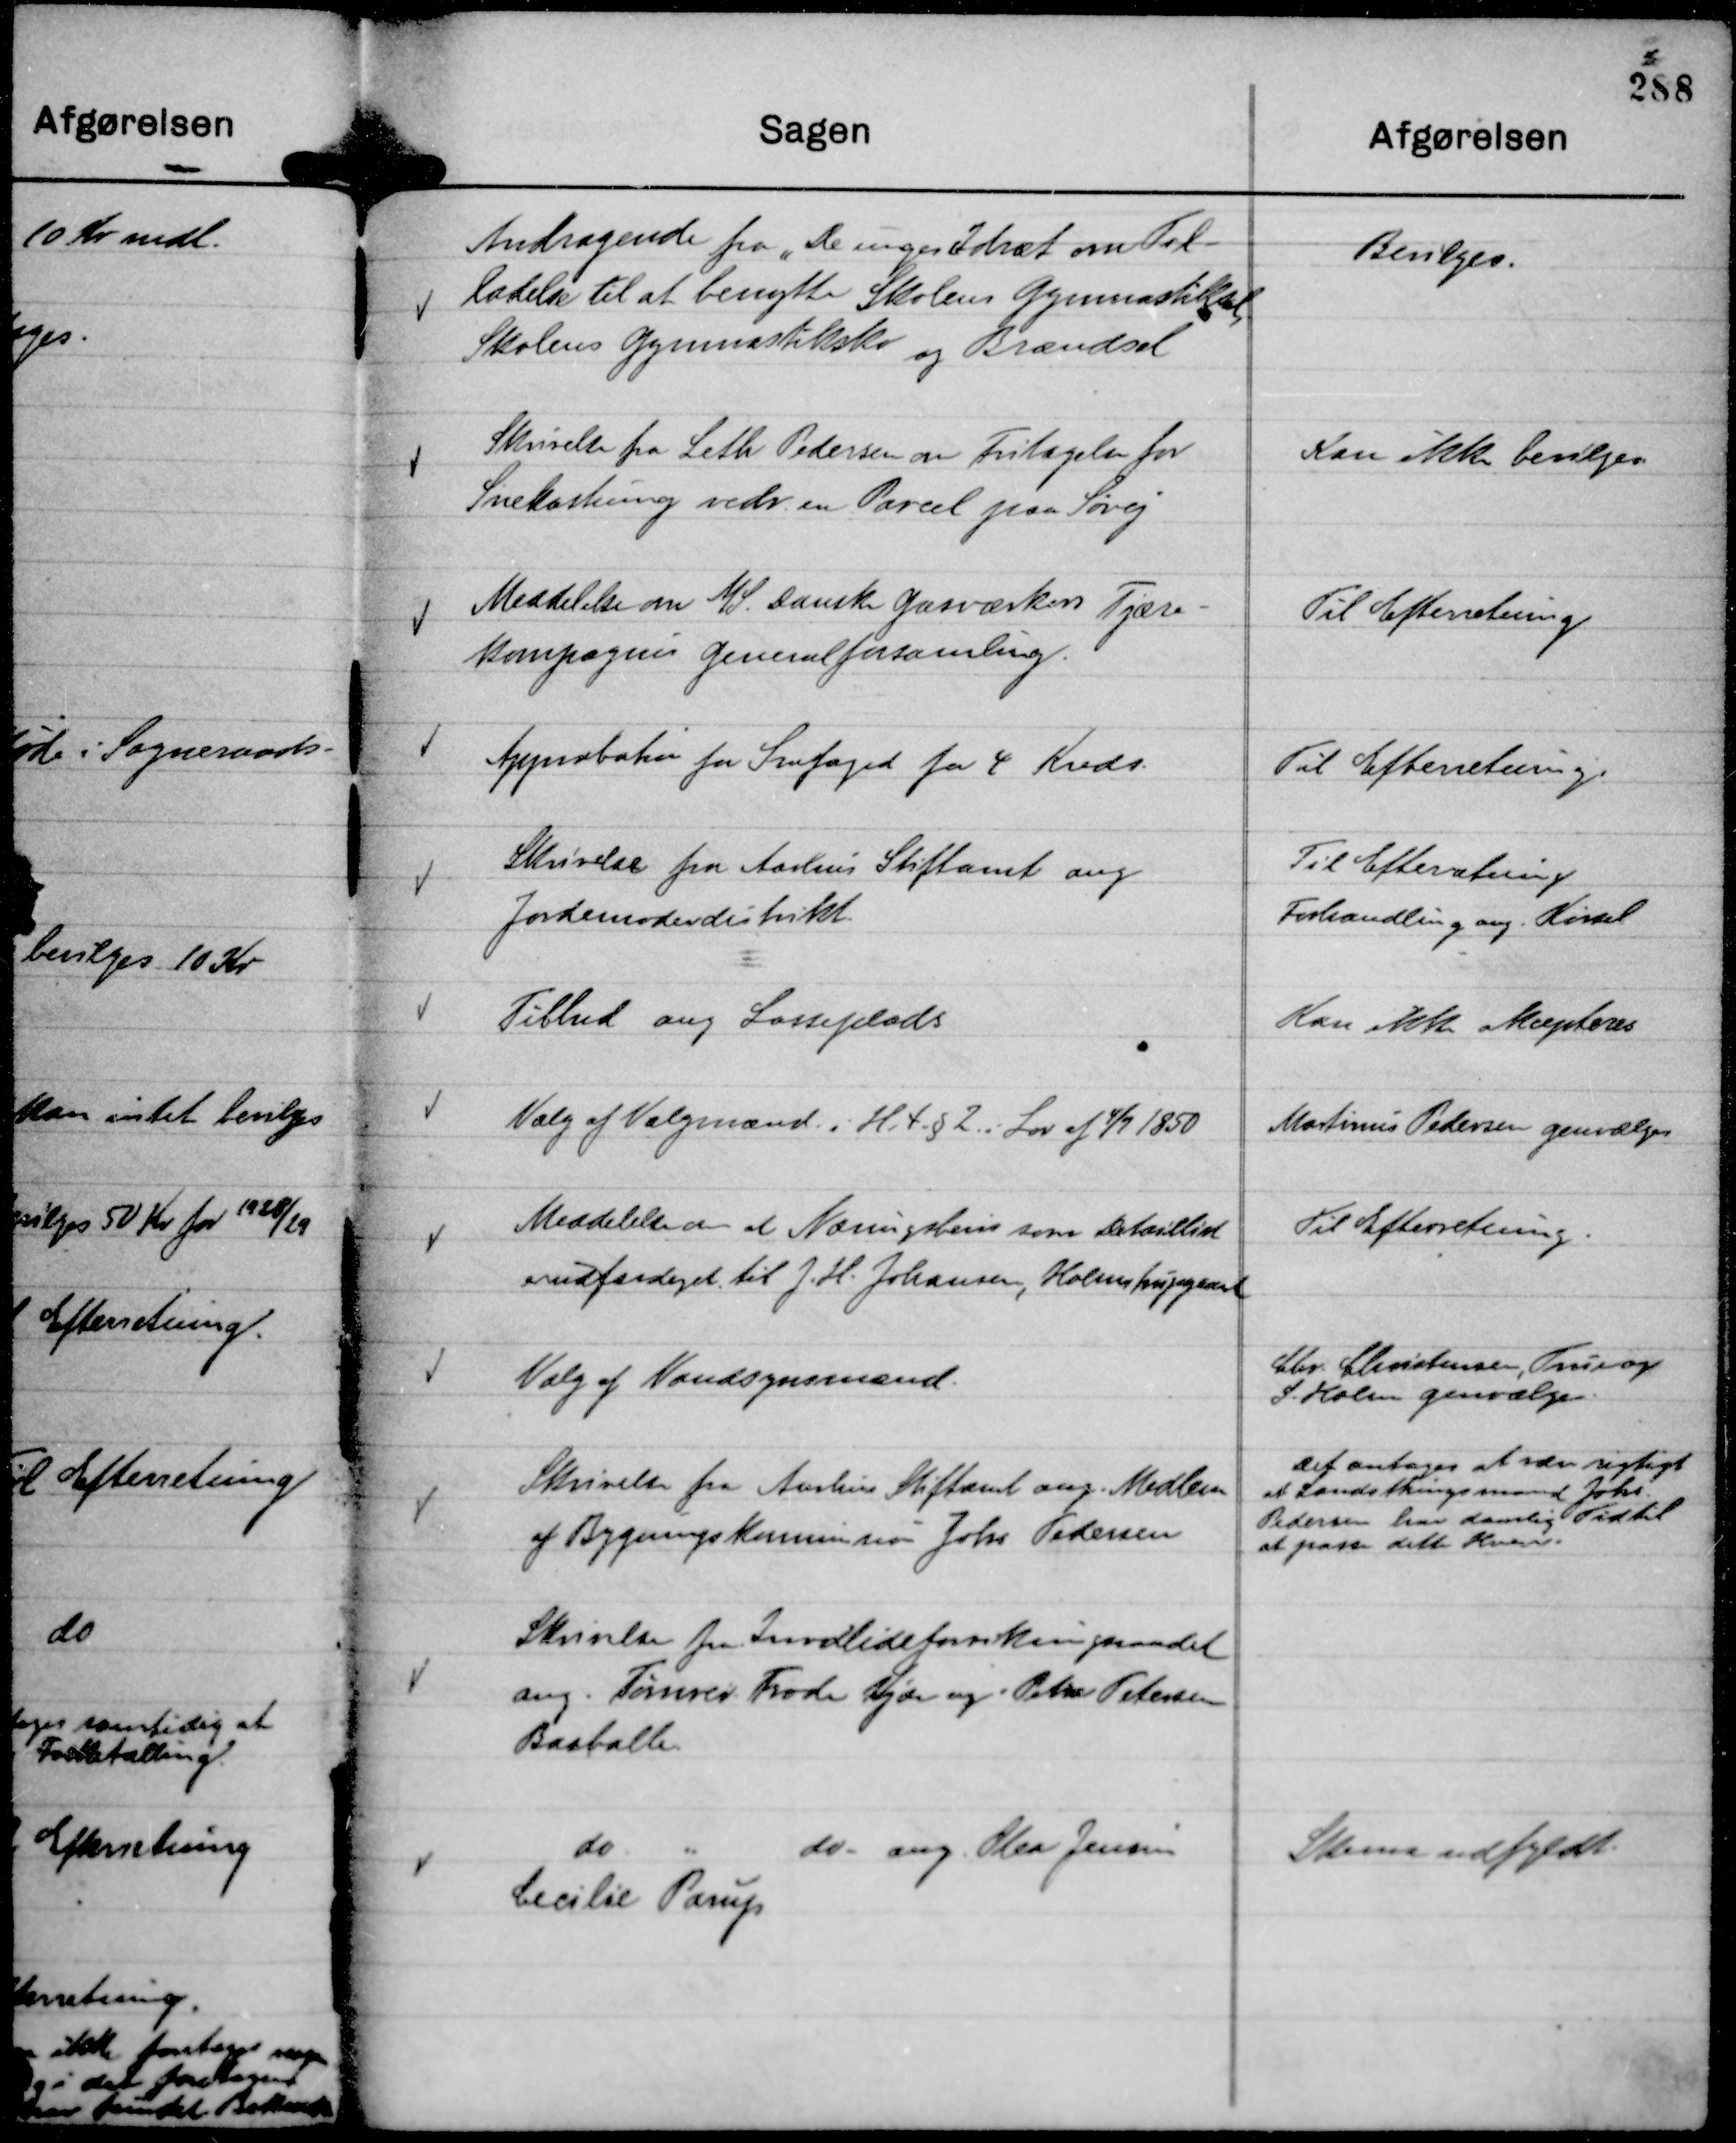
Transskription:
Andragende fra " De unges Idræt om Til-
ladelse til at benytte Skolens Gymnastiksal,
Skolens Gymnastiksko og Brændsel

Bevilges.

Skrivelse fra Leth Pedersen om Fritagelse for
Snekastning vedr. en Parcel paa Søvej

Kan ikke bevilges.

Meddelelse om A/S. Danske Gasværkers Tjære-
kompagnis Generalforsamling.

Til Efterretning

Approbatin for Snefoged for 4 Kreds.

Til Efterretning.

Skrivelse fra Aarhus Stiftamt ang
Jordemoderdistrikt.

Til Efterretning
Forhandling ang. Kørsel

Tilbud ang Losseplads

Kan ikke akcepteres

Valg af Valgmænd. i H. t. § 2 i Lov af 4/7 1850

Martinus Pedersen genvælges

Meddelelse om at Næringsbevis som Detaillist
er udfærdiget til J. H. Johansen, Holmstrupgaard

Til Efterretning.

Valg af Vandsynsmænd.

Chr. Christensen, True og
S. Holm genvælges.

Skrivelse fra Aarhus Stiftamt ang. Medlem
af Bygnings Kommission Johs Pedersen

Det antages at være rigtig
at Landsthingsmand Johs.
Pedersen har daarlig Tid til
at passe dette Hverv.

Skrivelse fra Invalideforsikringsraadet
ang. Tømrer Frode Kjær og Petra Petersen
Basballe.

do. "
do. ang. Otea Jensen
Cecilie Parup

Skema udfyldt.